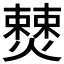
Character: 𭶚